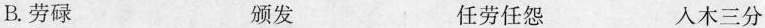
B.劳碌 颁发 任劳任怨 人木三分